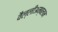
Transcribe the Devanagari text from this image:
वैल्लीअम्बलम